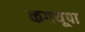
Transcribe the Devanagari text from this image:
कगयूपा